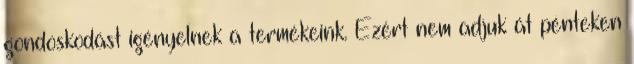
gondoskodást igényelnek a termékeink. Ezért nem adjuk át pénteken